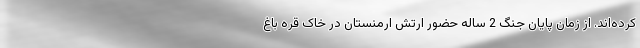
کرده‌اند. از زمان پایان جنگ 2 ساله حضور ارتش ارمنستان در خاک قره باغ